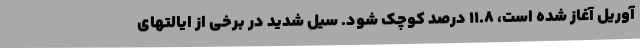
آوریل آغاز شده است، 11.8 درصد کوچک شود. سیل شدید در برخی از ایالتهای